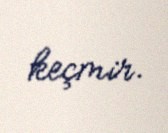
keçmir.